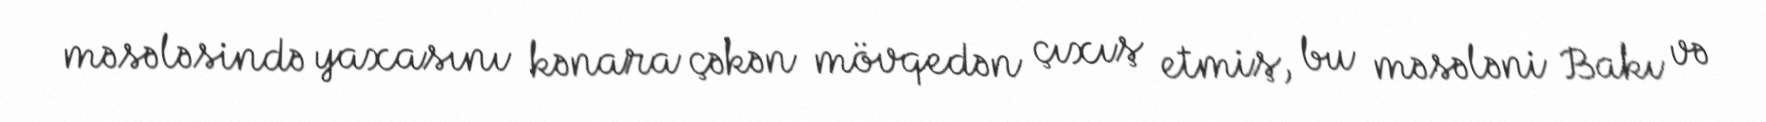
məsələsində yaxasını kənara çəkən mövqedən çıxış etmiş, bu məsələni Bakı və